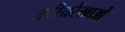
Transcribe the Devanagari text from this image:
तटीयरेखाओं